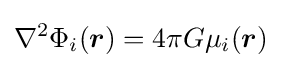
\nabla ^{2}\Phi _{i}({\boldsymbol {r}})=4\pi G\mu _{i}({\boldsymbol {r}})